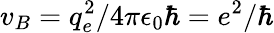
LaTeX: v_{B}=q_{e}^{2}/4\pi\epsilon_{0}\hbar=e^{2}/\hbar